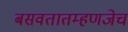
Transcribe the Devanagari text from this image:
बसवतातम्हणजेच